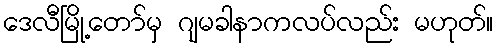
ဒေလီမြို့တော်မှ ဂျမခါနာကလပ်လည်း မဟုတ်။